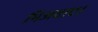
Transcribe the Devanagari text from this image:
भिजवाए।